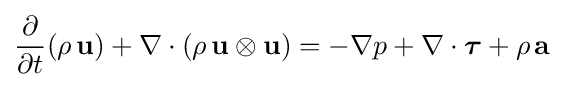
{\frac {\partial }{\partial t}}(\rho \,\mathbf {u} )+\nabla \cdot (\rho \,\mathbf {u} \otimes \mathbf {u} )=-\nabla p+\nabla \cdot {\boldsymbol {\tau }}+\rho \,\mathbf {a}